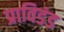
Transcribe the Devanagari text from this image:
प्राविडंड